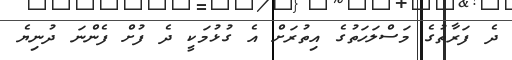
ދެ ފަރާތުގެ މަސްލަހަތުގެ އިތުރަށް އެ ގުޅުމަކީ ދެ ފުށް ފެންނަ ދުނިޔެ